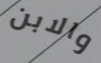
والابن